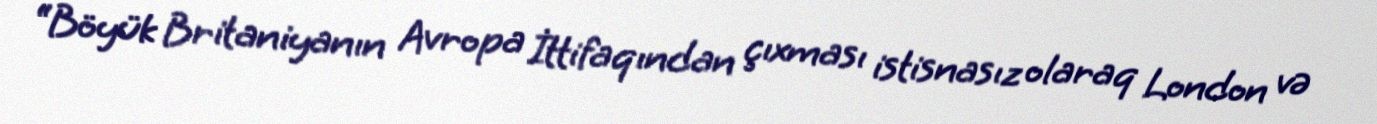
“Böyük Britaniyanın Avropa İttifaqından çıxması istisnasız olaraq London və